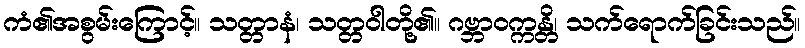
ကံ၏အစွမ်းကြောင့်။ သတ္တာနံ၊ သတ္တဝါတို့၏။ ဂဗ္ဘာဝက္ကန္တိ၊ သက်ရောက်ခြင်းသည်။